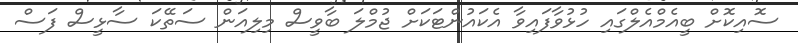
ސޮއިކޮށް ބީއެމްއެލްގައި ހުޅުވާފައިވާ އެކައުންޓަކަށް ޖުމްލަ ބާވީސް މިލިއަން ސަތޭކަ ސާޅީސް ފަސް